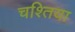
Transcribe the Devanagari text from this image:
चश्तिया